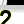
Digit: 2